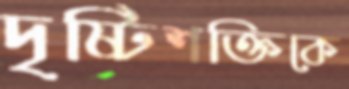
দৃষ্টিশক্তিকে